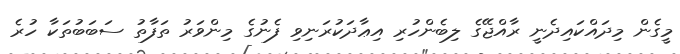
މީގެން މިދައްކައިދެނީ ރާއްޖޭގެ ލިބެންހުރި އިޢާދަކުރަނިވި ފެނުގެ މިންވަރު ތަފާތު ސަބަބުތަކާ ހުރެ